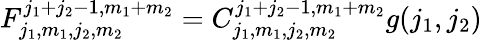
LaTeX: F_{j_{1},m_{1},j_{2},m_{2}}^{j_{1}+j_{2}-1,m_{1}+m_{2}}=C_{j_{1},m_{1},j_{2},m_{2}}^{j_{1}+j_{2}-1,m_{1}+m_{2}}g(j_{1},j_{2})